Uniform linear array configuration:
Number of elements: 48
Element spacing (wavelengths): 0.75
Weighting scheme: blackman
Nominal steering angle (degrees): -60
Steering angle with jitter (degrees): -60.434
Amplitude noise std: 0.05
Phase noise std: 0.05

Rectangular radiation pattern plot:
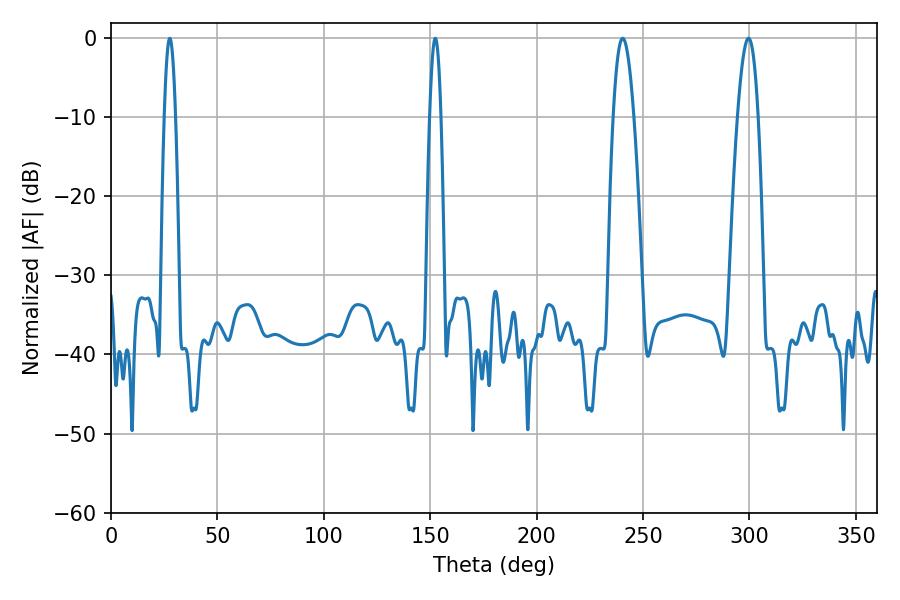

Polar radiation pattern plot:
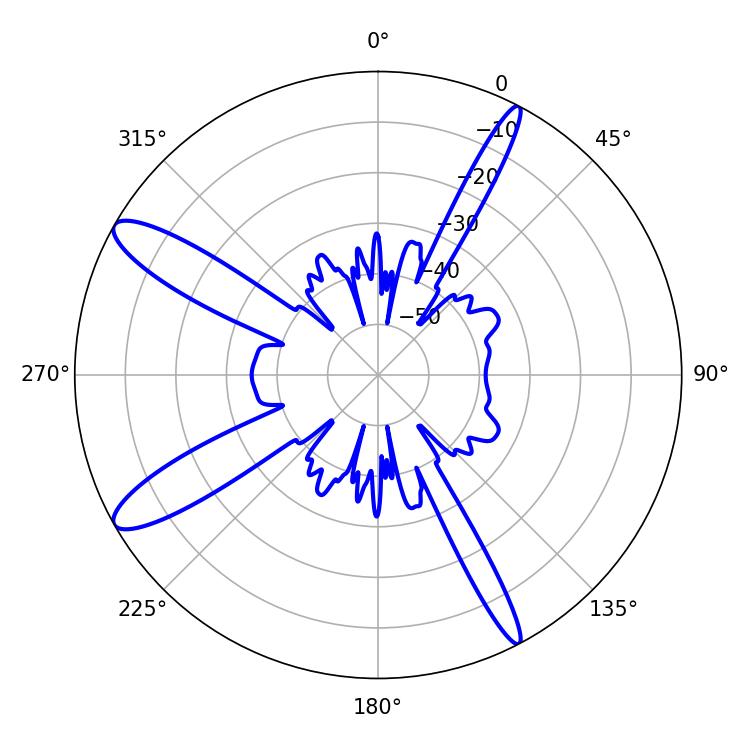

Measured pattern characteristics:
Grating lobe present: TRUE
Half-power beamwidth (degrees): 5.22
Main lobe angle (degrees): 240.48